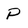
Character: P